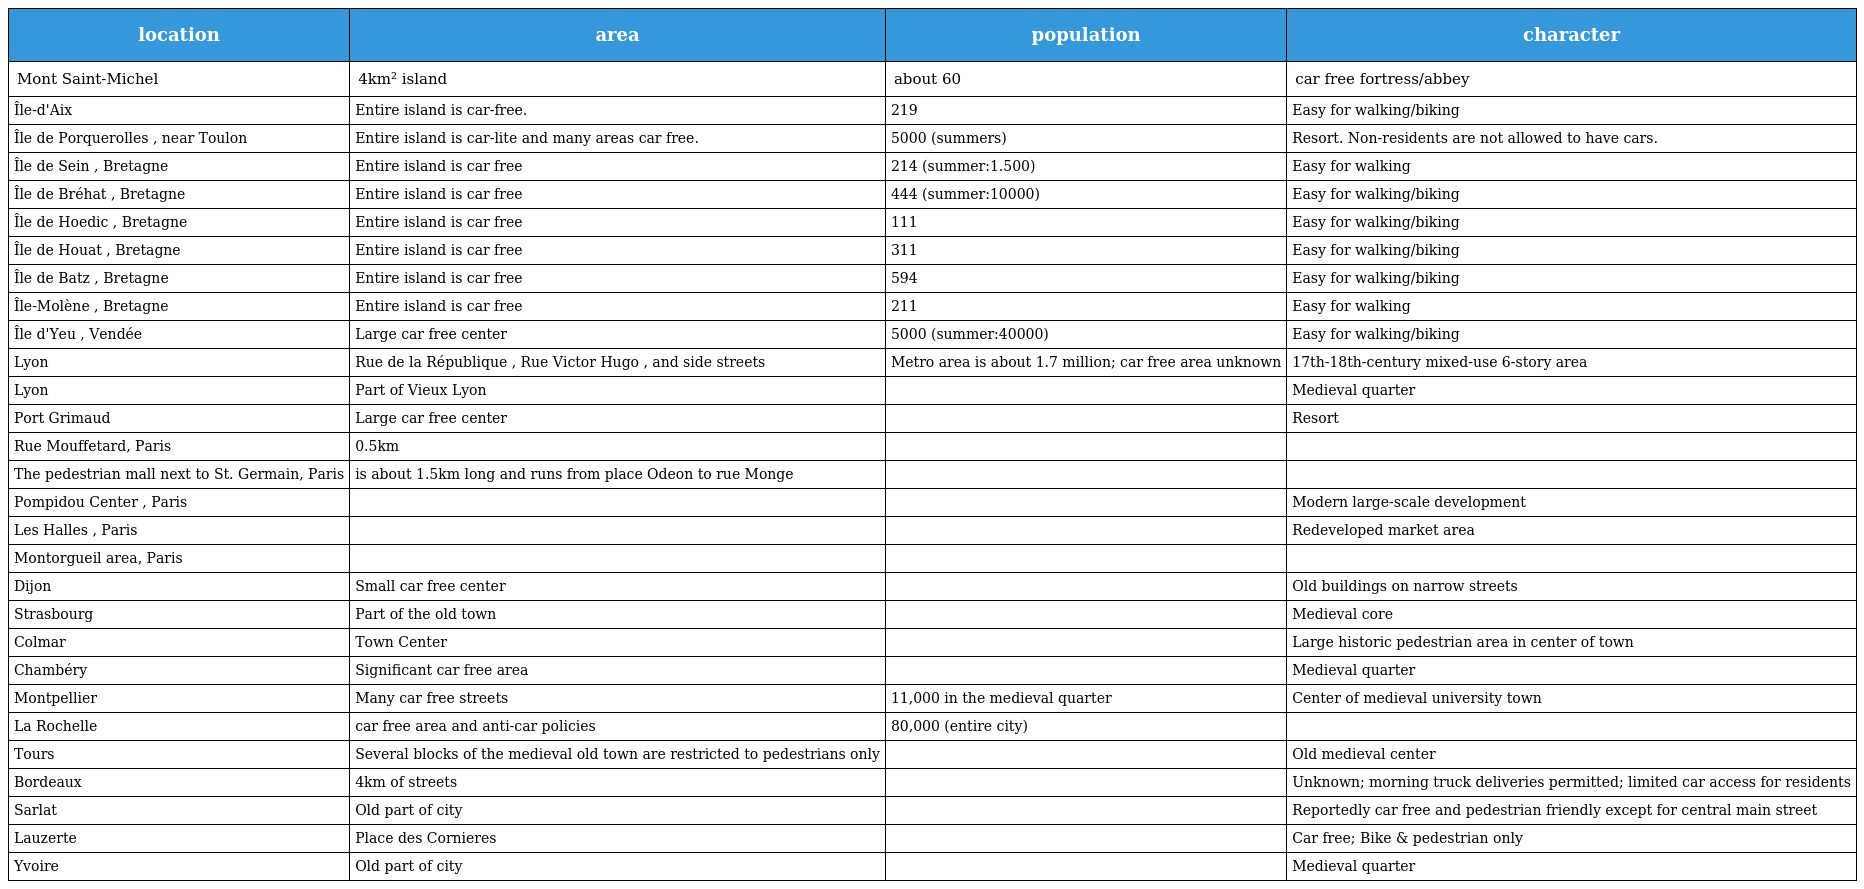
| location | area | population | character |
 | --- | --- | --- | --- |
 | Mont Saint-Michel | 4km² island | about 60 | car free fortress/abbey |
 | Île-d'Aix | Entire island is car-free. | 219 | Easy for walking/biking |
 | Île de Porquerolles , near Toulon | Entire island is car-lite and many areas car free. | 5000 (summers) | Resort. Non-residents are not allowed to have cars. |
 | Île de Sein , Bretagne | Entire island is car free | 214 (summer:1.500) | Easy for walking |
 | Île de Bréhat , Bretagne | Entire island is car free | 444 (summer:10000) | Easy for walking/biking |
 | Île de Hoedic , Bretagne | Entire island is car free | 111 | Easy for walking/biking |
 | Île de Houat , Bretagne | Entire island is car free | 311 | Easy for walking/biking |
 | Île de Batz , Bretagne | Entire island is car free | 594 | Easy for walking/biking |
 | Île-Molène , Bretagne | Entire island is car free | 211 | Easy for walking |
 | Île d'Yeu , Vendée | Large car free center | 5000 (summer:40000) | Easy for walking/biking |
 | Lyon | Rue de la République , Rue Victor Hugo , and side streets | Metro area is about 1.7 million; car free area unknown | 17th-18th-century mixed-use 6-story area |
 | Lyon | Part of Vieux Lyon |  | Medieval quarter |
 | Port Grimaud | Large car free center |  | Resort |
 | Rue Mouffetard, Paris | 0.5km |  |  |
 | The pedestrian mall next to St. Germain, Paris | is about 1.5km long and runs from place Odeon to rue Monge |  |  |
 | Pompidou Center , Paris |  |  | Modern large-scale development |
 | Les Halles , Paris |  |  | Redeveloped market area |
 | Montorgueil area, Paris |  |  |  |
 | Dijon | Small car free center |  | Old buildings on narrow streets |
 | Strasbourg | Part of the old town |  | Medieval core |
 | Colmar | Town Center |  | Large historic pedestrian area in center of town |
 | Chambéry | Significant car free area |  | Medieval quarter |
 | Montpellier | Many car free streets | 11,000 in the medieval quarter | Center of medieval university town |
 | La Rochelle | car free area and anti-car policies | 80,000 (entire city) |  |
 | Tours | Several blocks of the medieval old town are restricted to pedestrians only |  | Old medieval center |
 | Bordeaux | 4km of streets |  | Unknown; morning truck deliveries permitted; limited car access for residents |
 | Sarlat | Old part of city |  | Reportedly car free and pedestrian friendly except for central main street |
 | Lauzerte | Place des Cornieres |  | Car free; Bike & pedestrian only |
 | Yvoire | Old part of city |  | Medieval quarter |